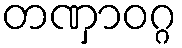
တဏှာဝဂ္ဂ